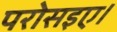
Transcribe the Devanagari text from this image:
परोसइए।